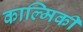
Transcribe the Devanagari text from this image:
काल्मिकी